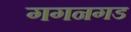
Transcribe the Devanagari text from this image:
गगनगड